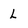
Character: L